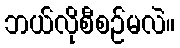
ဘယ်လိုစီစဉ်မလဲ။